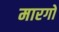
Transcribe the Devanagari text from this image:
मारगो